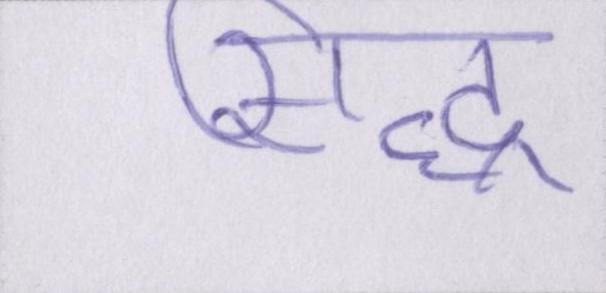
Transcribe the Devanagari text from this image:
सिद्ध